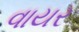
વાયર